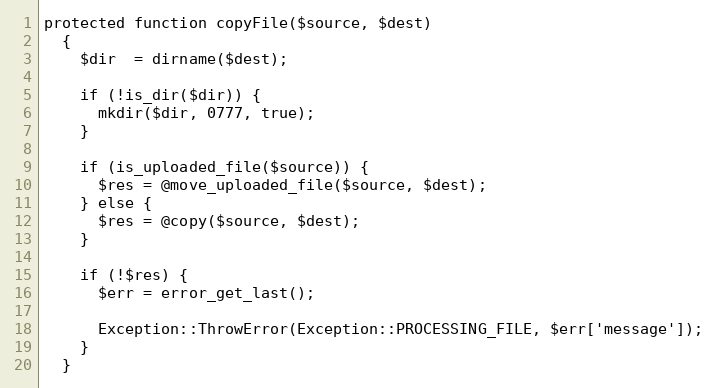
Language: PHP
protected function copyFile($source, $dest)
  {
    $dir  = dirname($dest);

    if (!is_dir($dir)) {
      mkdir($dir, 0777, true);
    }

    if (is_uploaded_file($source)) {
      $res = @move_uploaded_file($source, $dest);
    } else {
      $res = @copy($source, $dest);
    }

    if (!$res) {
      $err = error_get_last();

      Exception::ThrowError(Exception::PROCESSING_FILE, $err['message']);
    }
  }